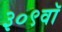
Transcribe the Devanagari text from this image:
३०९वॉ